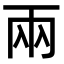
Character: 兩